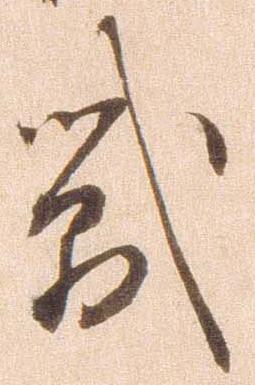
戦